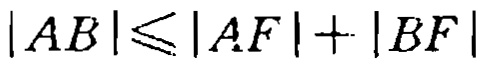
\(|AB|\leqslant|AF| + |BF|\)